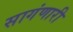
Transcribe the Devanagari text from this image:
सागंणारी